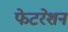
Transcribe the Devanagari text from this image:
फेटरेशन